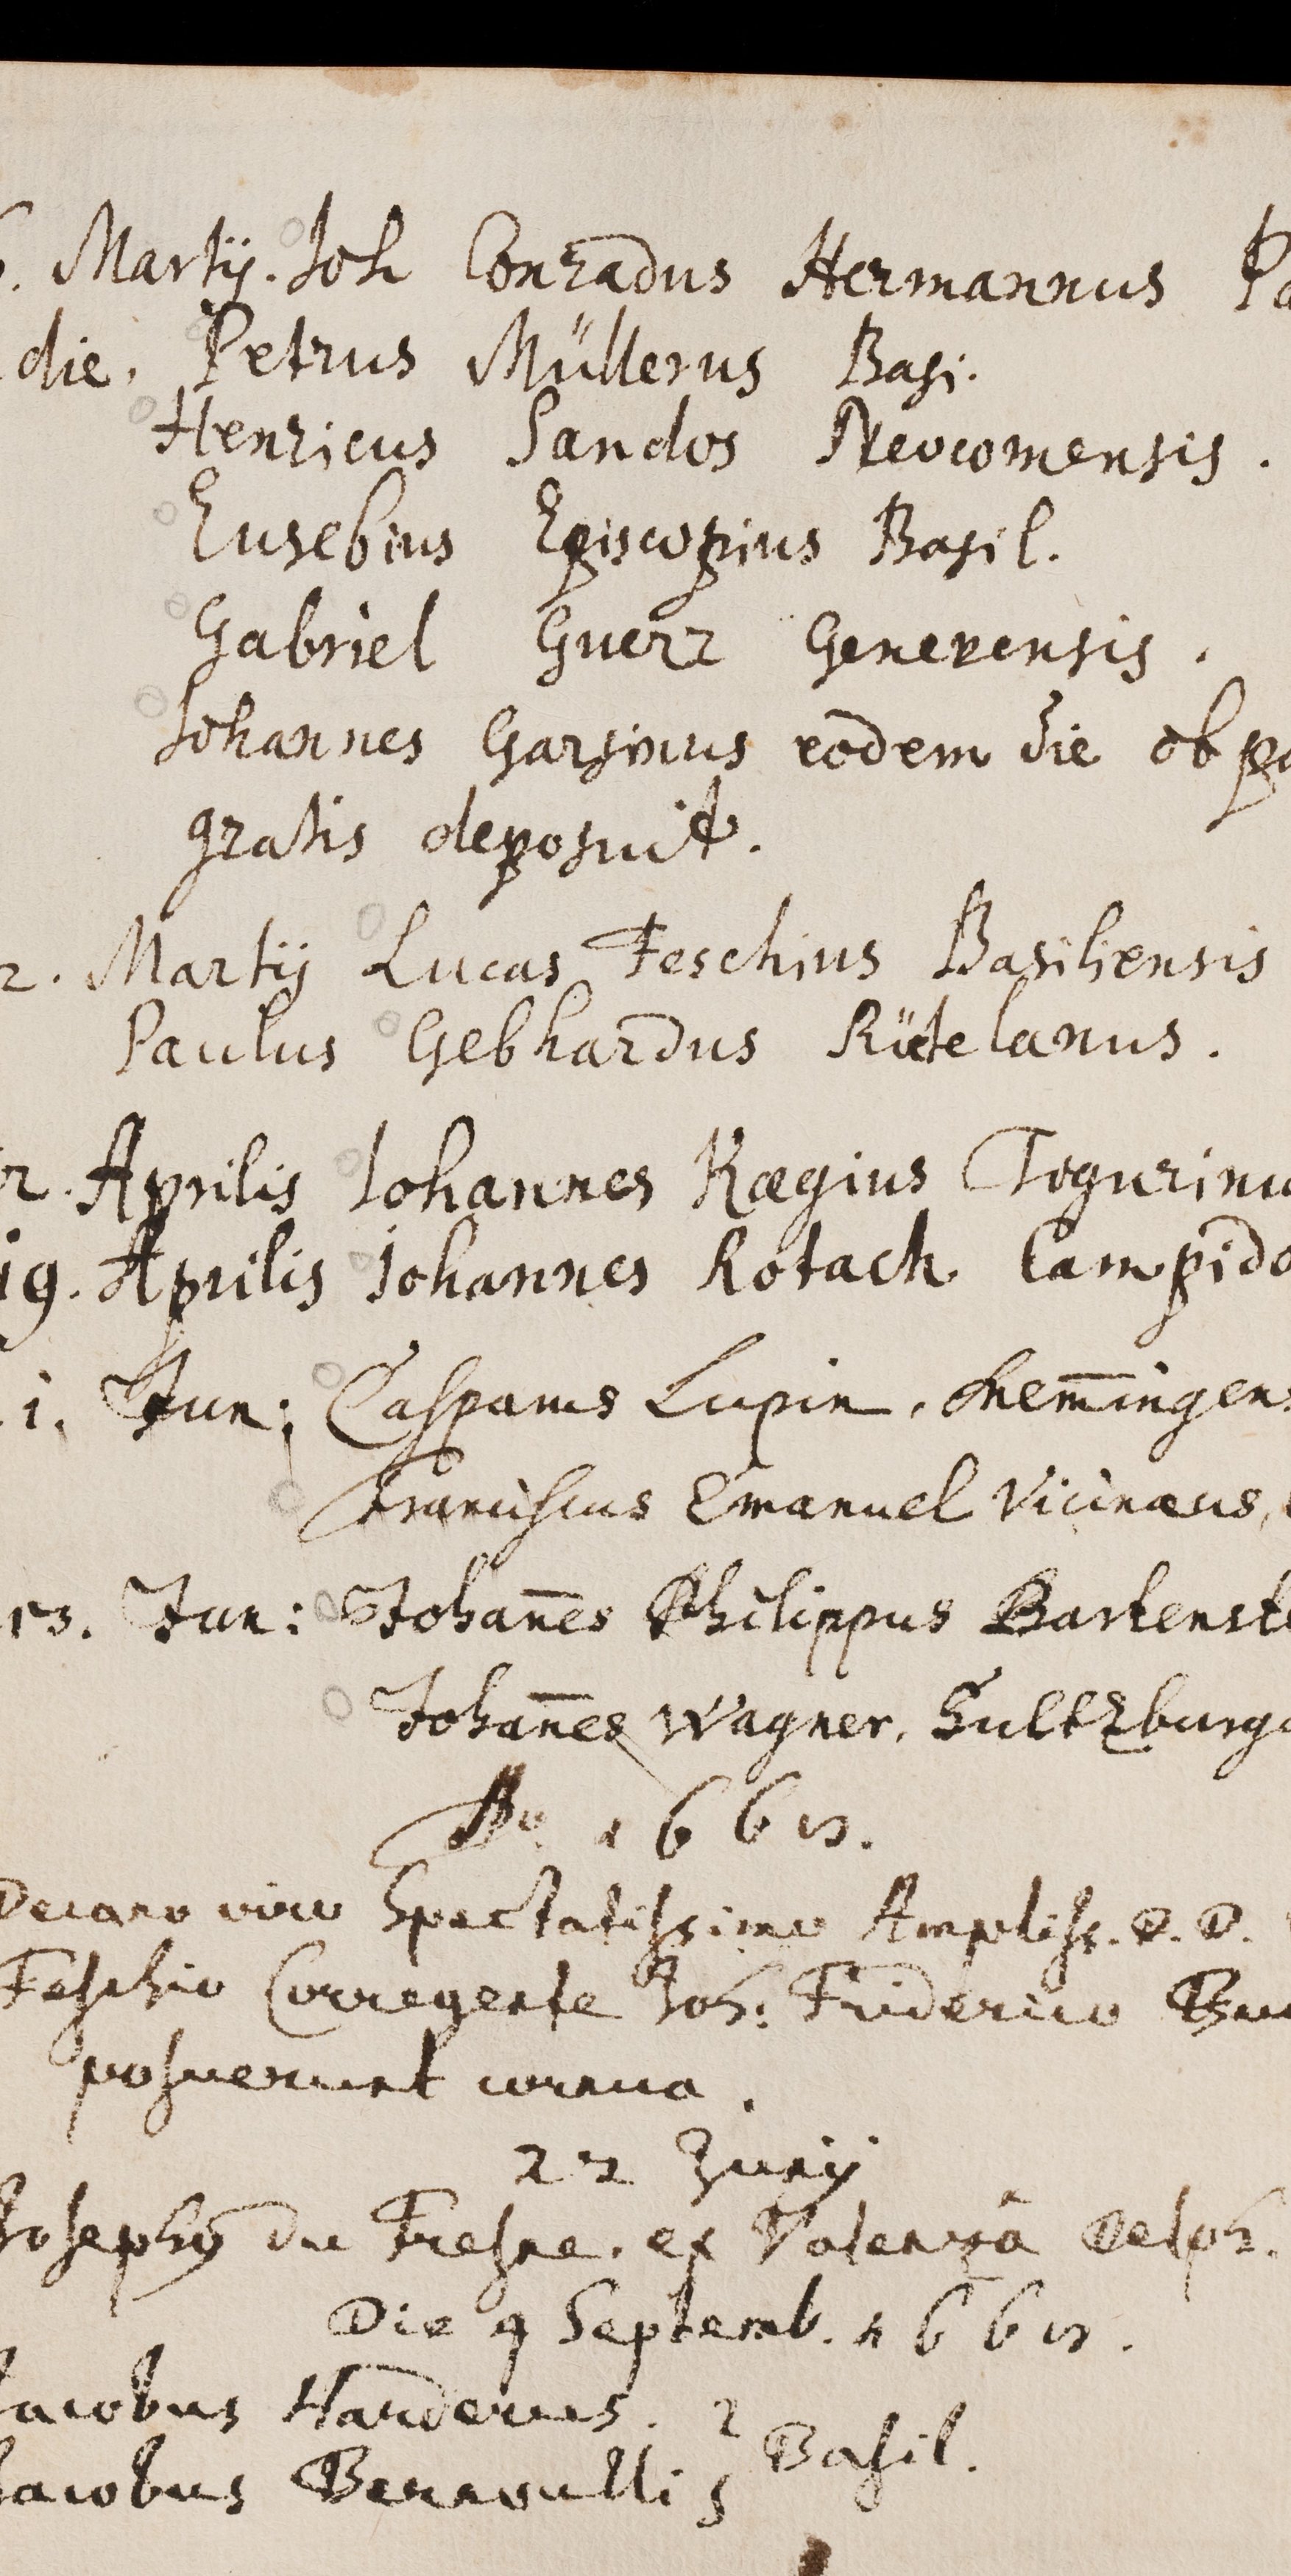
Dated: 1543–1672